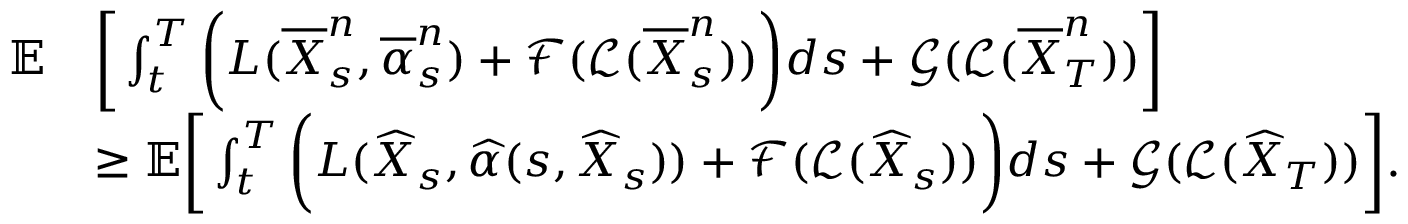
\begin{array} { r l } { { \mathbb E } } & { \bigg [ \int _ { t } ^ { T } \bigg ( L ( \overline { { X } } _ { s } ^ { n } , \overline { { \alpha } } _ { s } ^ { n } ) + \mathcal { F } ( \mathcal { L } ( \overline { { X } } _ { s } ^ { n } ) ) \bigg ) d s + \mathcal { G } ( \mathcal { L } ( \overline { { X } } _ { T } ^ { n } ) ) \bigg ] } \\ & { \ge { \mathbb E } \bigg [ \int _ { t } ^ { T } \bigg ( L ( \widehat { X } _ { s } , \widehat { \alpha } ( s , \widehat { X } _ { s } ) ) + \mathcal { F } ( \mathcal { L } ( \widehat { X } _ { s } ) ) \bigg ) d s + \mathcal { G } ( \mathcal { L } ( \widehat { X } _ { T } ) ) \bigg ] . } \end{array}